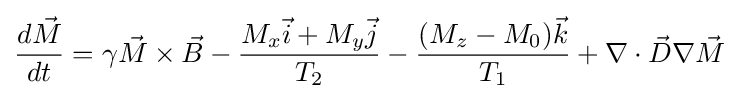
{\frac {d{\vec {M}}}{dt}}=\gamma {\vec {M}}\times {\vec {B}}-{\frac {M_{x}{\vec {i}}+M_{y}{\vec {j}}}{T_{2}}}-{\frac {(M_{z}-M_{0}){\vec {k}}}{T_{1}}}+\nabla \cdot {\vec {D}}\nabla {\vec {M}}